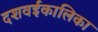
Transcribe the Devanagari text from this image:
दशवईकालिका